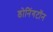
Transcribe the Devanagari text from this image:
डोनिंगटॉन